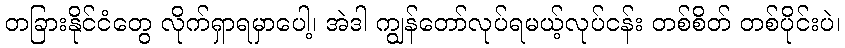
တခြားနိုင်ငံတွေ လိုက်ရှာရမှာပေါ့၊ အဲဒါ ကျွန်တော်လုပ်ရမယ့်လုပ်ငန်း တစ်စိတ် တစ်ပိုင်းပဲ၊